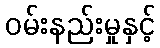
ဝမ်းနည်းမှုနှင့်